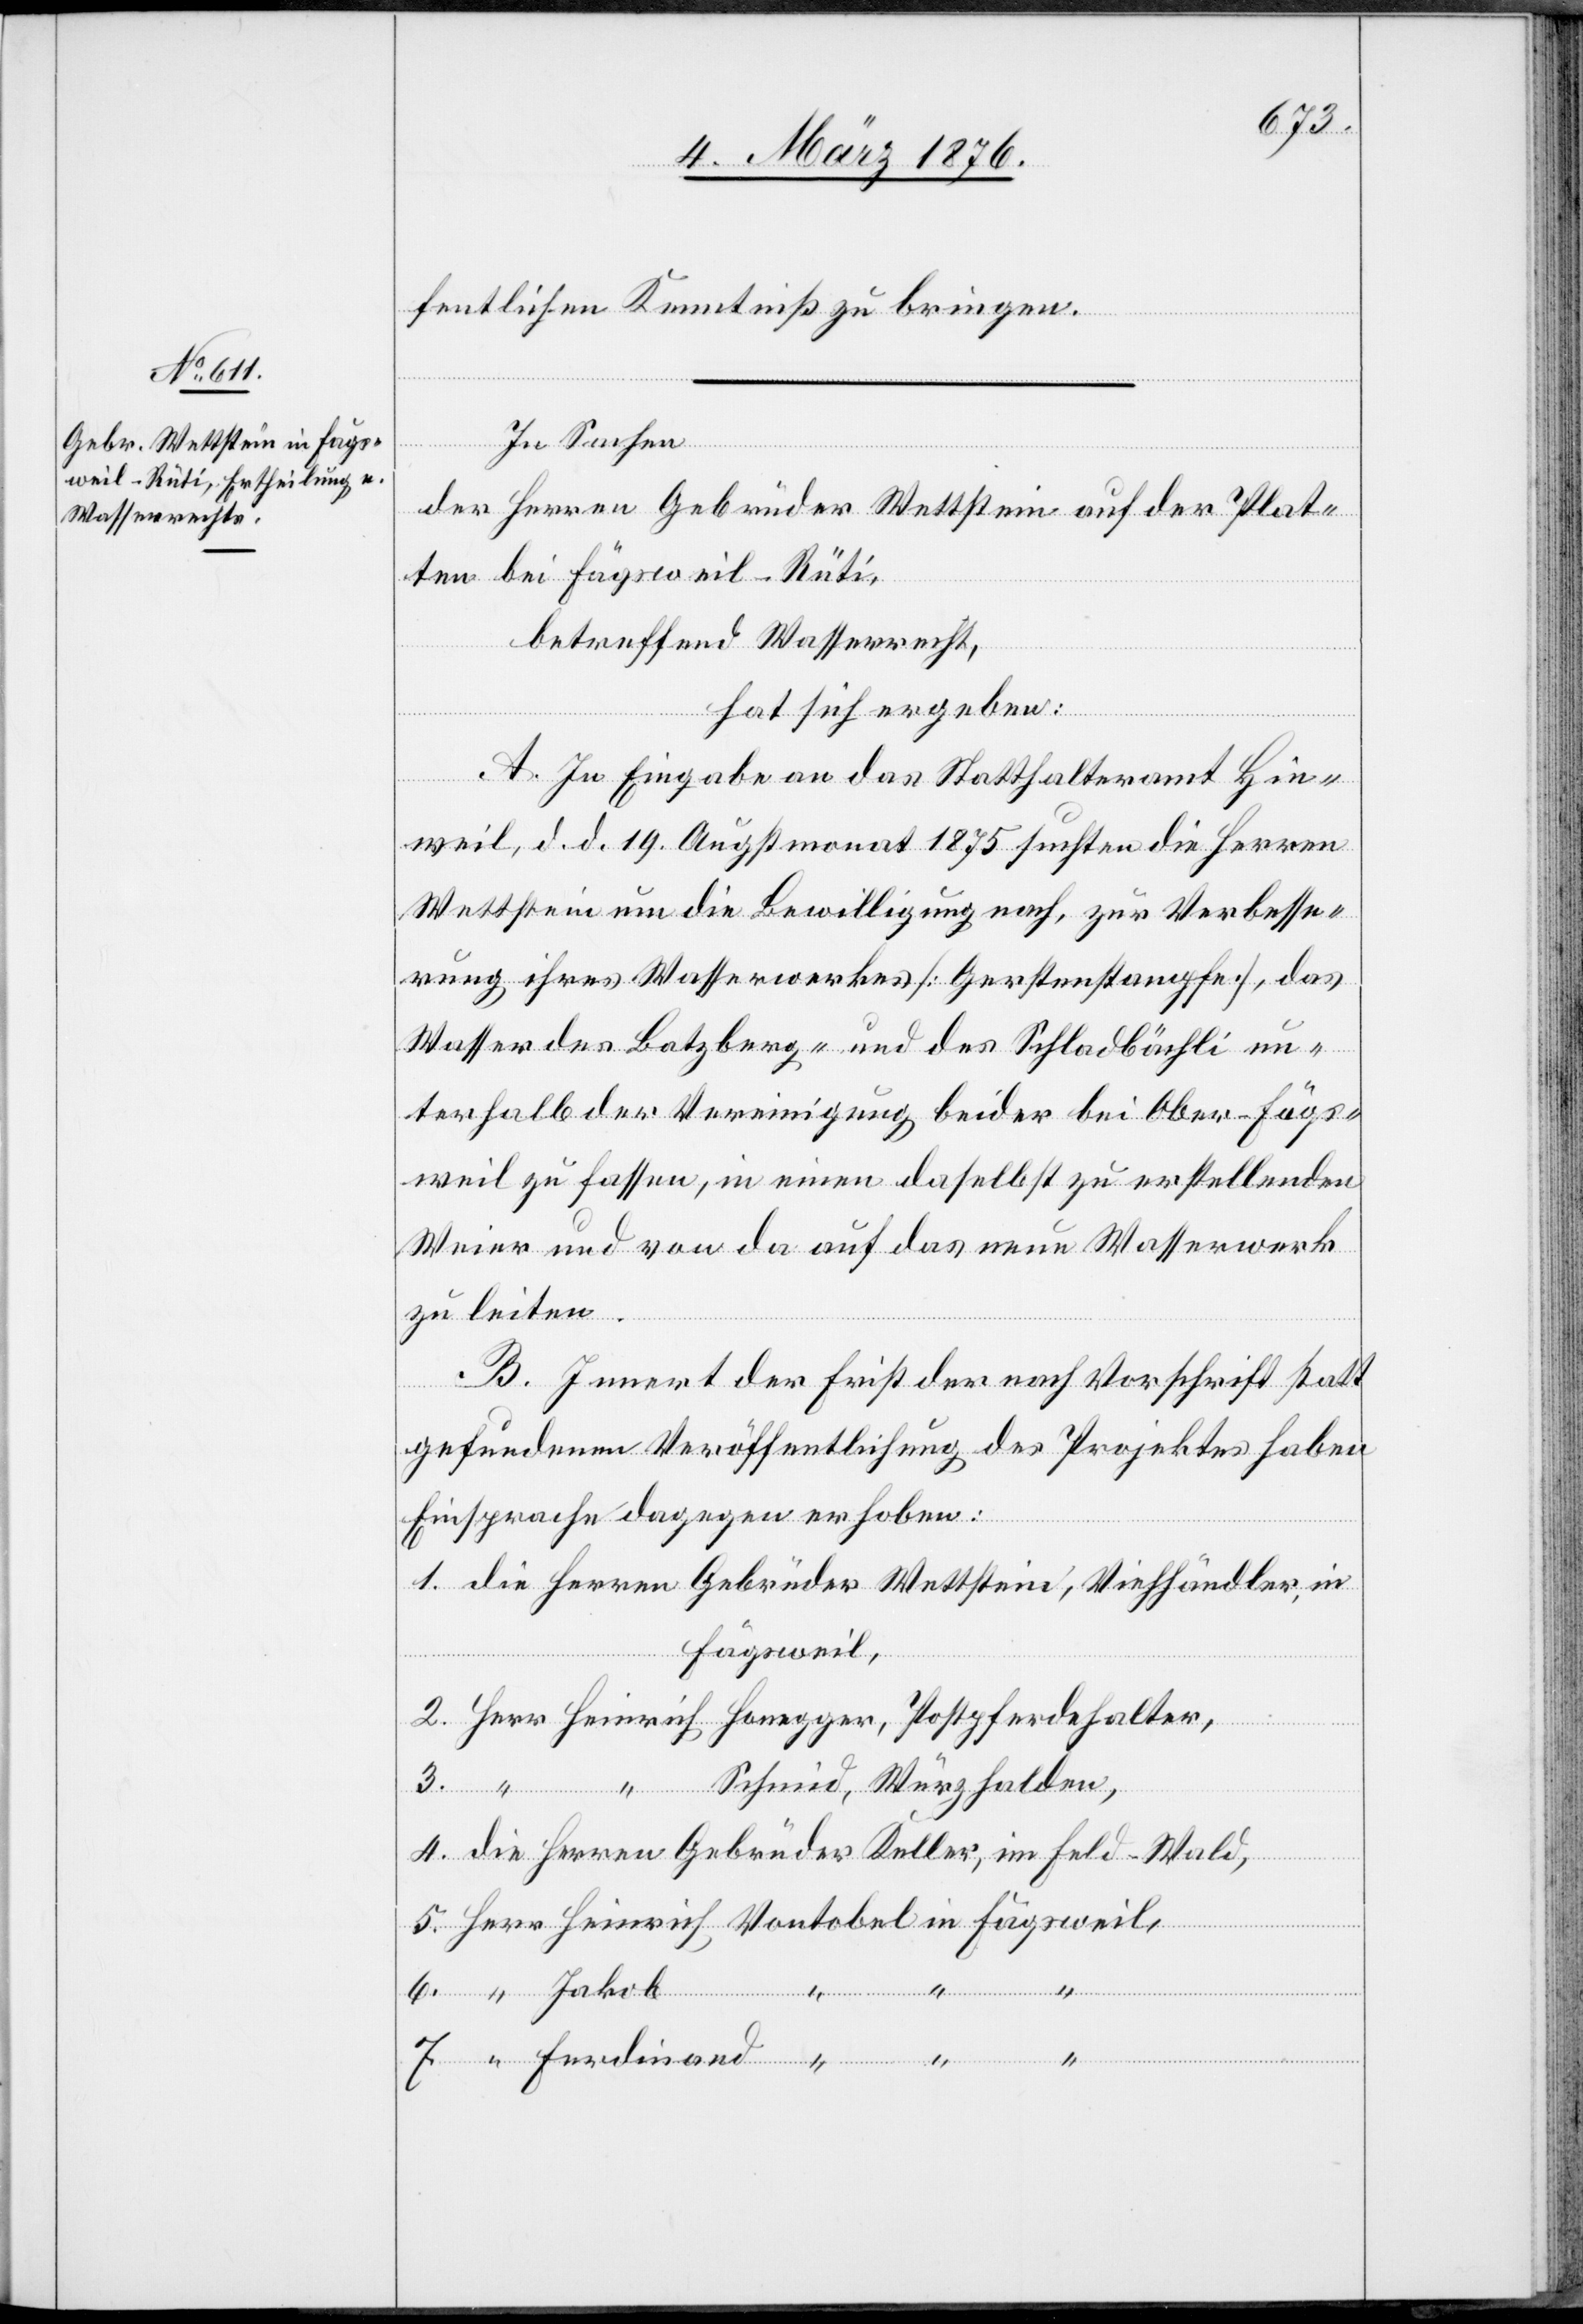
fentlichen Kenntnis zu bringen.
In Sachen
der Herren Gebrüder Wettstein auf der Plat¬
ten bei Fägsweil-Rüti,
betreffend Wasserrecht,
hat sich ergeben:
A. In Eingabe an das Statthalteramt Hin¬
weil, d. d. 19. Augstmonat 1875 suchten die Herren
Wettstein um die Bewilligung nach, zur Verbesse¬
rung ihres Wasserwerkes [Gerstenstampfe], das
Wasser des Batzberg- und des Schladbächli un¬
terhalb der Vereinigung beider bei Ober-Fägs¬
weil zu fassen, in einen daselbst zu erstellenden
Weier und von da auf das neue Wasserwerk
zu leiten.
“
B. Innert der Frist der nach Vorschrift statt
gefundenen Veröffentlichung des Projektes haben
Einsprache dagegen erhoben:
Fägsweil,
“
Ferdinand
4.